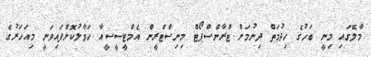
މާލޭގައި މިނީ ބަހުގެ ހިދުމަތް ދިނުމަށް ޓްރާންސްޕޯޓް މިނިސްޓްރީން އެމްޓީސީސީއާ ހަވާލުކޮށްފައިވަނީ މިއަހަރުގެ